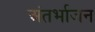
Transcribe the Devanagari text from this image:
अंतर्भाजन